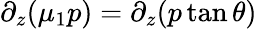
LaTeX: \partial_{z}(\mu_{1}p)=\partial_{z}(p\tan\theta)